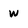
Character: w